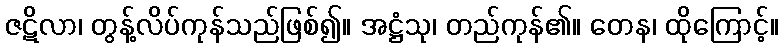
ဇဋိလာ၊ တွန့်လိပ်ကုန်သည်ဖြစ်၍။ အဋ္ဌံသု၊ တည်ကုန်၏။ တေန၊ ထိုကြောင့်။